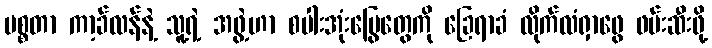
မစ္စတာ ကာ့ခ်လန်နဲ့ သူ့ရဲ့ အဖွဲ့ဟာ စပါးအုံးမြွေတွေကို ခြေရာခံ လိုက်လံရှာဖွေ ဖမ်းဆီးဖို့